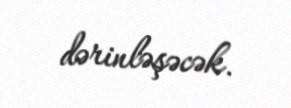
dərinləşəcək.